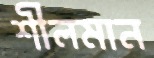
শীলমান